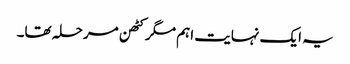
یہ ایک نہایت اہم مگر کٹھن مرحلہ تھا۔